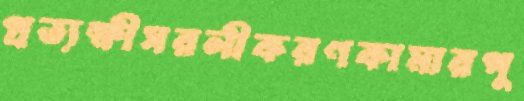
প্রত্যক্ষীসরলীকরণকামারপু